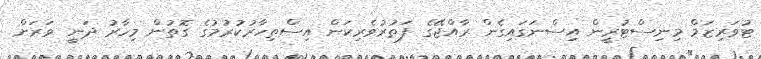
ޓުވަރިޒަމް މިނިސްޓުރީން އިސްނަގައިގެން ރާއްޖޭގެ ފަތުރުވެރިކަން އިސްތިހާރުކުރުމުގެ ގޮތުން މިހާރު ދަނީ ވަރަށް